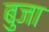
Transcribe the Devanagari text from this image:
बुजा